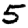
Digit: 5